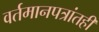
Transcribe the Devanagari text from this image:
वर्तमानपत्रांतही